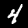
Digit: 4